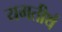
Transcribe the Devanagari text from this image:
यमतीर्थ